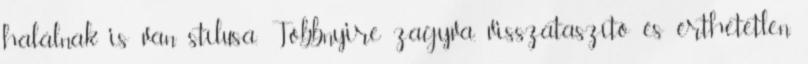
halálnak is van stílusa. Többnyire zagyva, visszataszító és érthetetlen.